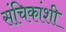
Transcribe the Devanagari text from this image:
संचिकांशी